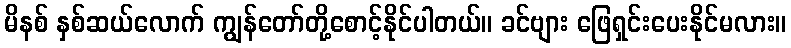
မိနစ် နှစ်ဆယ်လောက် ကျွန်တော်တို့စောင့်နိုင်ပါတယ်။ ခင်ဗျား ဖြေရှင်းပေးနိုင်မလား။